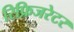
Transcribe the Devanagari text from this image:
रिफ्रिजरेटर